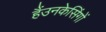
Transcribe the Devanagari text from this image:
हैंउनकेसिंगों